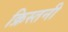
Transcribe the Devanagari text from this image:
क्रिस्तनी